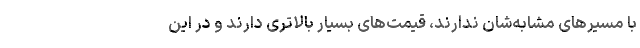
با مسیرهای مشابه‌شان ندارند، قیمت‌های بسیار بالاتری دارند و در این